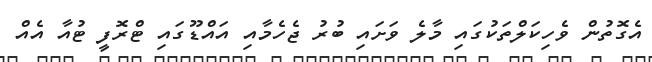
އެގޮތުން ވެހިކަލްތަކުގައި މާލެ ވަށައި ބުރު ޖެހެމާއި އައްޑޫގައި ޓްރޮފީ ޓުއާ އެއް